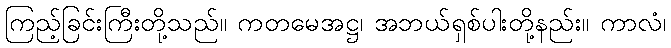
ကြည့်ခြင်းကြီးတို့သည်။ ကတမေအဋ္ဌ၊ အဘယ်ရှစ်ပါးတို့နည်း။ ကာလံ၊